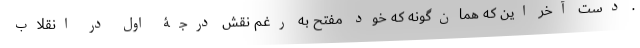
. دست آخر این که همان‌گونه که خود مفتح به رغم نقش درجۀ اول در انقلاب